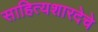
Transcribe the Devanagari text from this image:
साहित्यशारदेचे